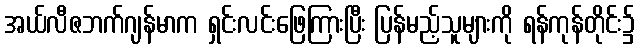
အယ်လီဇဘက်ဂျန်မာက ရှင်းလင်းဖြေကြားပြီး ပြန်မည့်သူများကို ရန်ကုန်တိုင်း၌